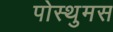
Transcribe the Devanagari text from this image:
पोस्थुमस